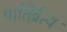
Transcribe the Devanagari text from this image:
पातिर्व्रत्य